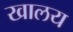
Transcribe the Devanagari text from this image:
खालय